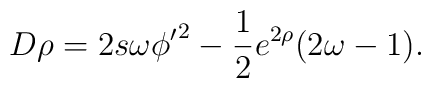
D \rho = 2s\omega{\phi '}^2-\frac 1 2  e^{2\rho}(2\omega-1).